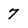
Character: 7